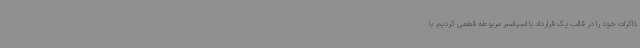
ذاکرات خود را در قالب یک قرارداد با اسپانسر مربوطه قطعی کردیم. با